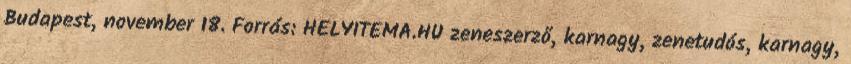
Budapest, november 18. Forrás: HELYITEMA.HU zeneszerző, karnagy, zenetudós, karnagy,